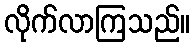
လိုက်လာကြသည်။